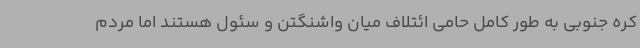
کره جنوبی به طور کامل حامی ائتلاف میان واشنگتن و سئول هستند اما مردم